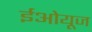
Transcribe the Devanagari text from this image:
ईओयूज